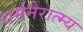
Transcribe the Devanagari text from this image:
धर्मनैरात्म्य